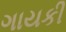
ગાયકી